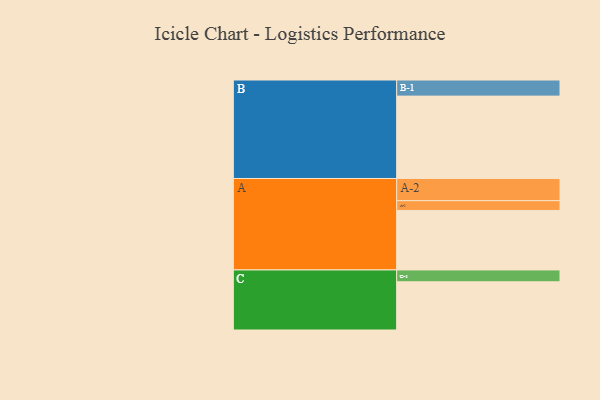
{"axis": {"x": "Segment", "y": "Value"}, "legend": ["", "A", "B", "C"], "data": [{"x": "A", "y": 432, "type": ""}, {"x": "B", "y": 598, "type": ""}, {"x": "C", "y": 350, "type": ""}, {"x": "A-1", "y": 71, "type": "A"}, {"x": "A-2", "y": 161, "type": "A"}, {"x": "B-1", "y": 117, "type": "B"}, {"x": "C-1", "y": 86, "type": "C"}]}